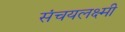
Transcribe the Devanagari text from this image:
संचयलक्ष्मी